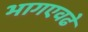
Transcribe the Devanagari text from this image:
भागएवढे